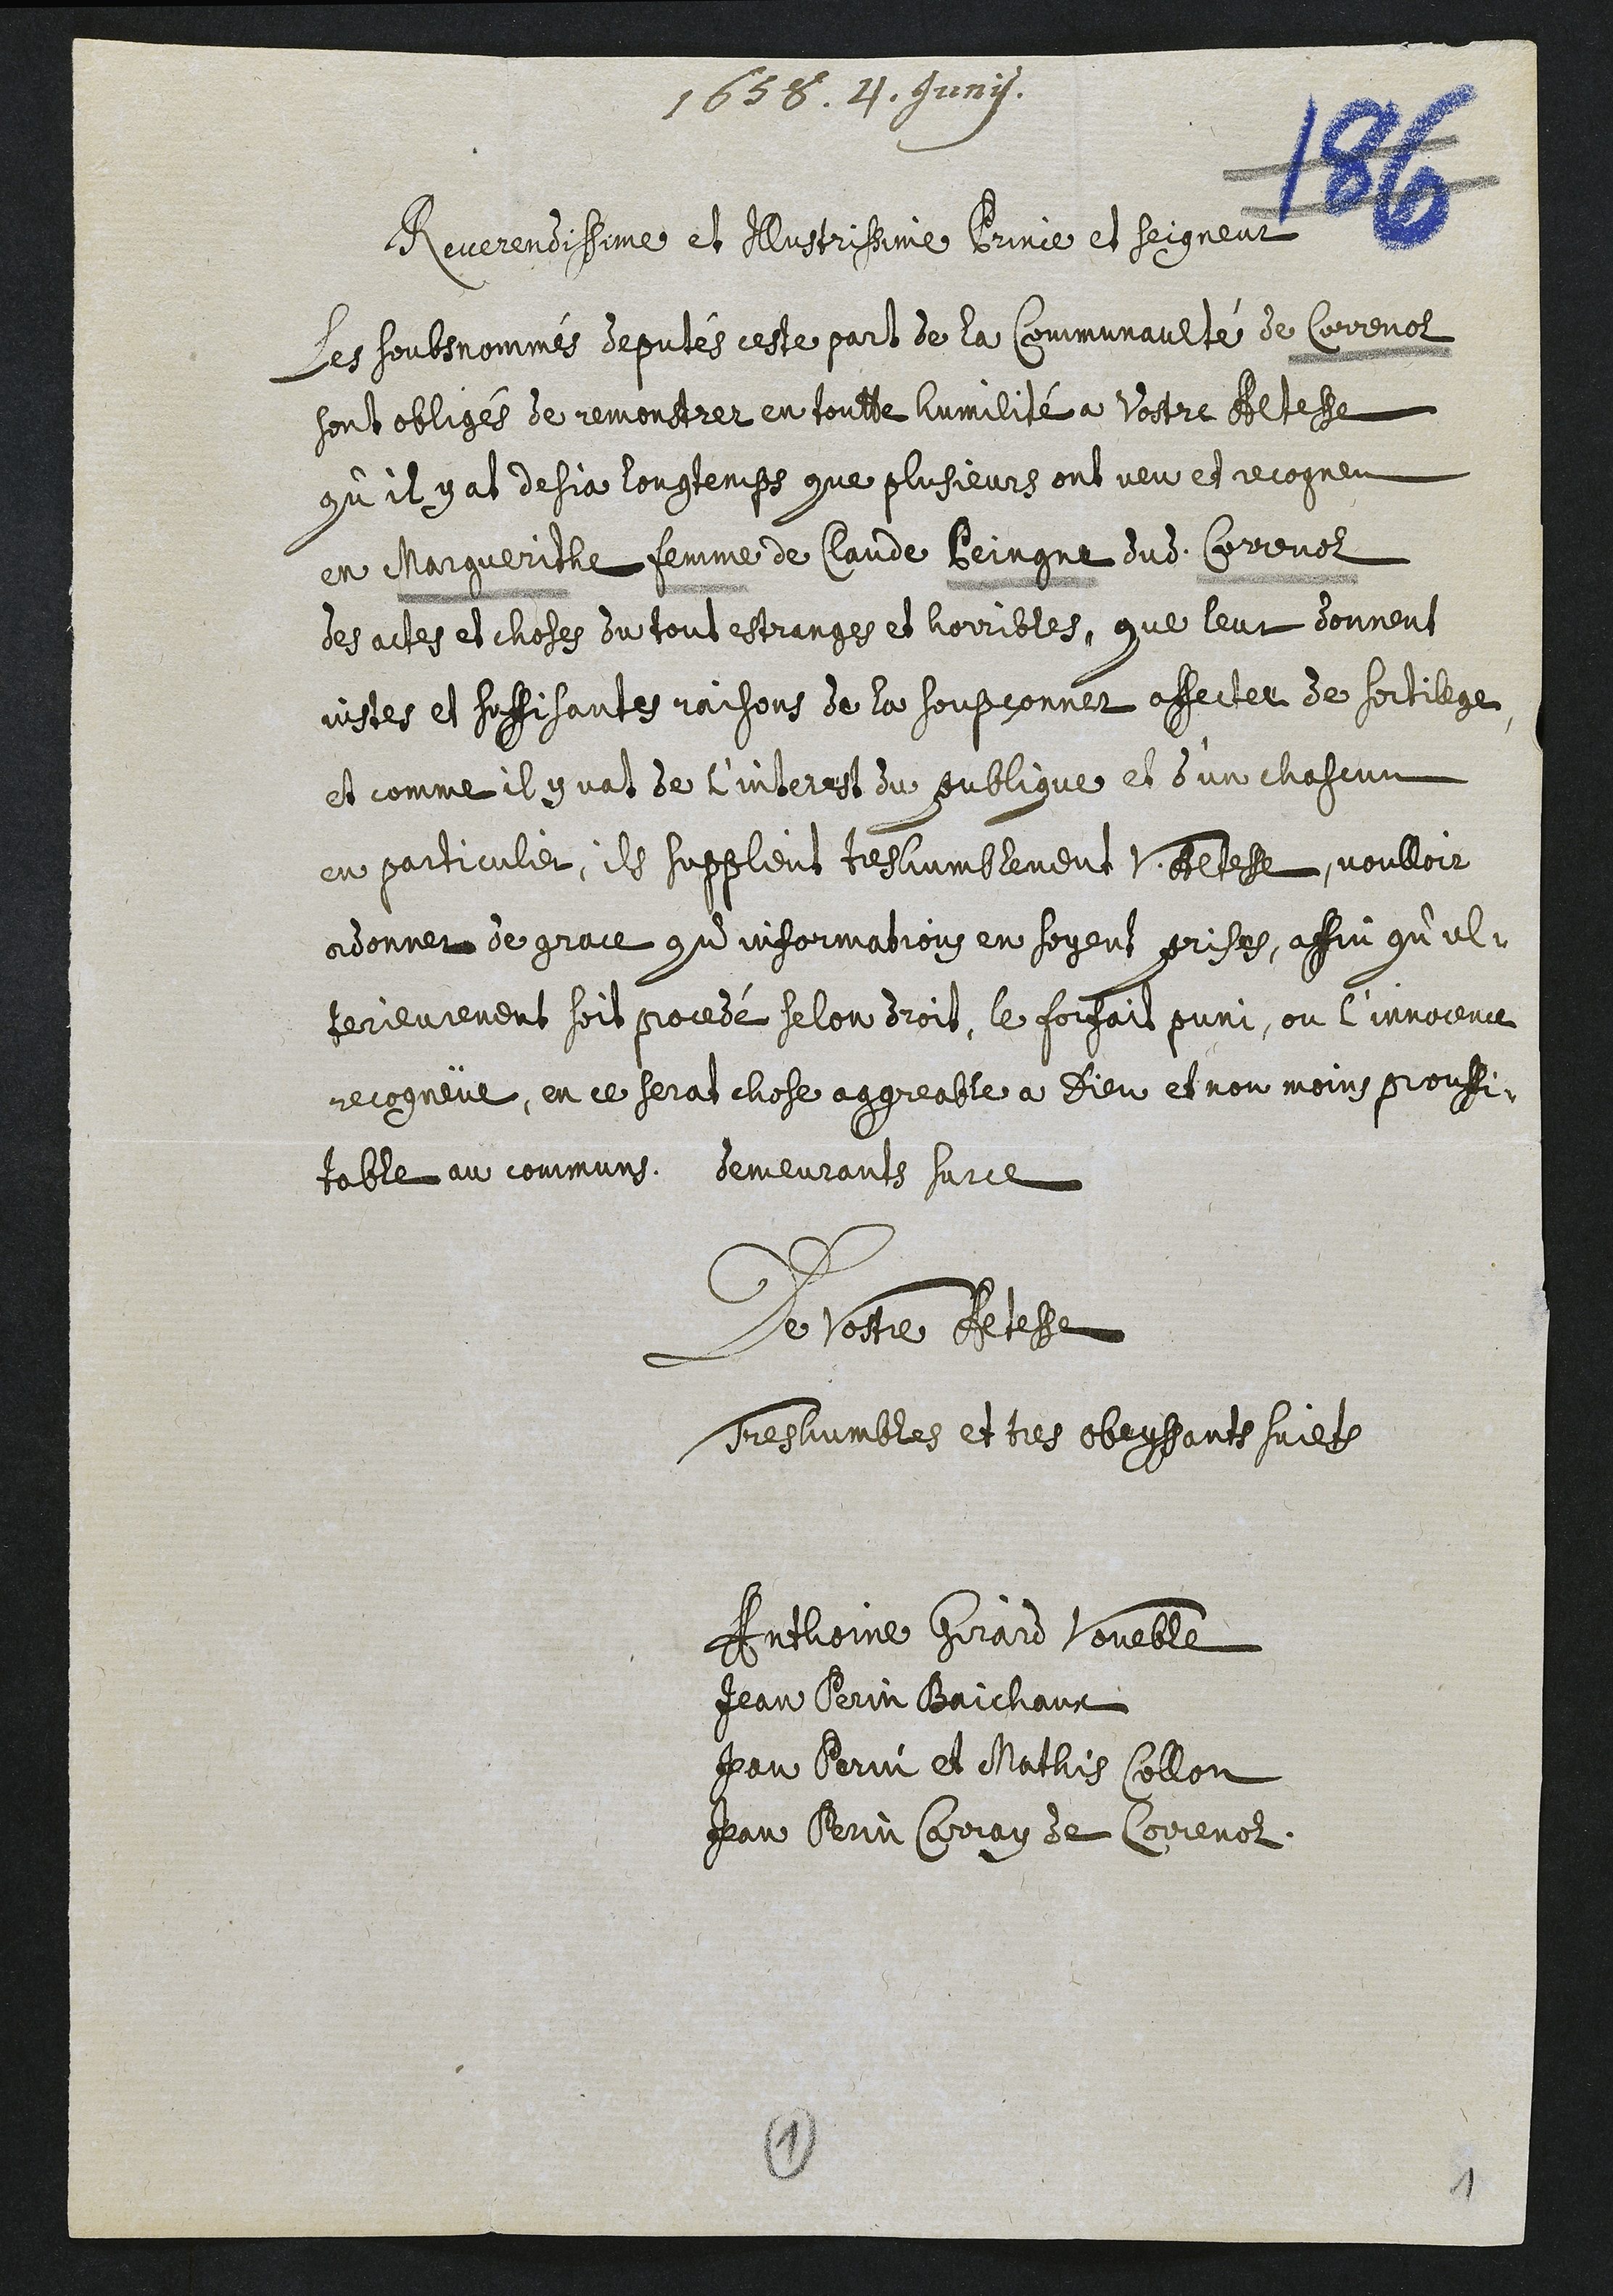
1658
Reverendissime et Austrifaime Bruince et Seigneur
Les soubsnommes deputes ceste part de la Communaulté de Correnol
sontobligés de remonstrer en toutte humilité a Vostre Altesse
qu’il y at desja longtemps que plusieurs ont veu et recogneu
en Margueritte femme de Claude Beingne dudit Correnol
des actes et choses du tout estrange et horribles, que leur donnent
vistes et suffisantes raisons de la soupçonnet affecter de sortilege
et comme il y vat de l’inberest du publigue et s’un chaseun
en particuler, el supplent treshumblement Altest voulloir
cidonner de grace qu’informations en foyent prises, affin qu’l-
terieurement soit procede selon droit, le foisait puni, ou l’innocenur
recogneue, en ce serat chose aggreable à Dieu et non moins proussi-
table au communs. demeurants surce
Le tostre Rtesse
Treshumbles et tres obeysants suies
Antloine Girard Voueble
Jean Gerin Baichant
Pen Bermi et Mathis sollon
Jean Geriin Grray de Correnol
1
1